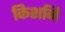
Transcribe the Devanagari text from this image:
किशनि